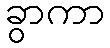
ခွာကာ